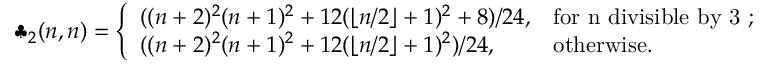
\clubsuit _ { 2 } ( n , n ) = \left\{ \begin{array} { l l } { ( ( n + 2 ) ^ { 2 } ( n + 1 ) ^ { 2 } + 1 2 ( \lfloor n / 2 \rfloor + 1 ) ^ { 2 } + 8 ) / 2 4 , } & { \mathrm { f o r ~ n ~ d i v i s i b l e ~ b y ~ 3 ~ ; } } \\ { ( ( n + 2 ) ^ { 2 } ( n + 1 ) ^ { 2 } + 1 2 ( \lfloor n / 2 \rfloor + 1 ) ^ { 2 } ) / 2 4 , } & { \mathrm { o t h e r w i s e . } } \end{array} \right.